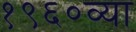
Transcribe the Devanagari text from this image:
१९६०व्या